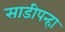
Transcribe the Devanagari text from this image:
साडीपन्हा